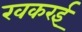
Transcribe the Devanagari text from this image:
खकरई